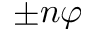
\pm n \varphi